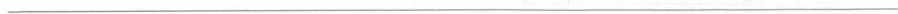
___